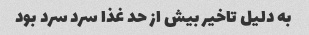
به دلیل تاخیر بیش از حد غذا سرد سرد بود